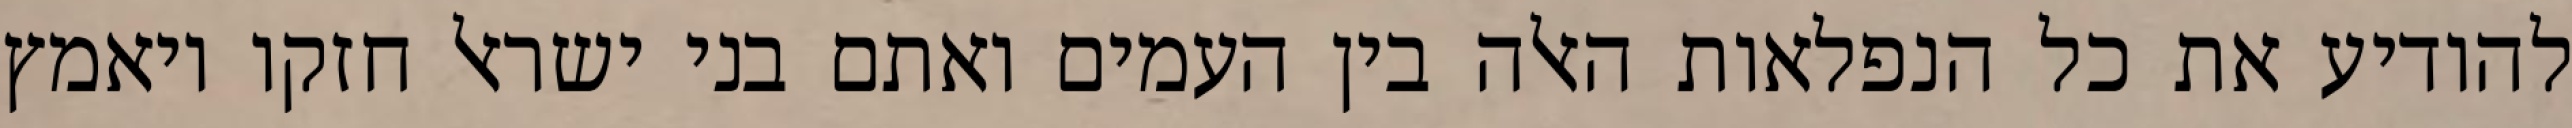
להודיע את כל הנפלאות האלה בין העמים ואתם בני ישראל חזקו ויאמץ